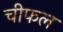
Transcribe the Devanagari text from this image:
चीफल